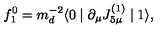
f _ { 1 } ^ { 0 } = m _ { d } ^ { - 2 } \langle 0 \mid \partial _ { \mu } J _ { 5 \mu } ^ { ( 1 ) } \mid 1 \rangle ,